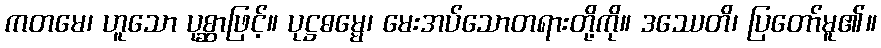
ကတမေ၊ ဟူသော ပုစ္ဆာဖြင့်။ ပုဋ္ဌဓမ္မေ၊ မေးအပ်သောတရားတို့ကို။ ဒဿေတိ၊ ပြတော်မူ၏။